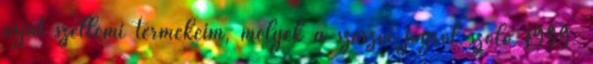
saját szellemi termékeim, melyek a szerzői jogról szóló 1999.